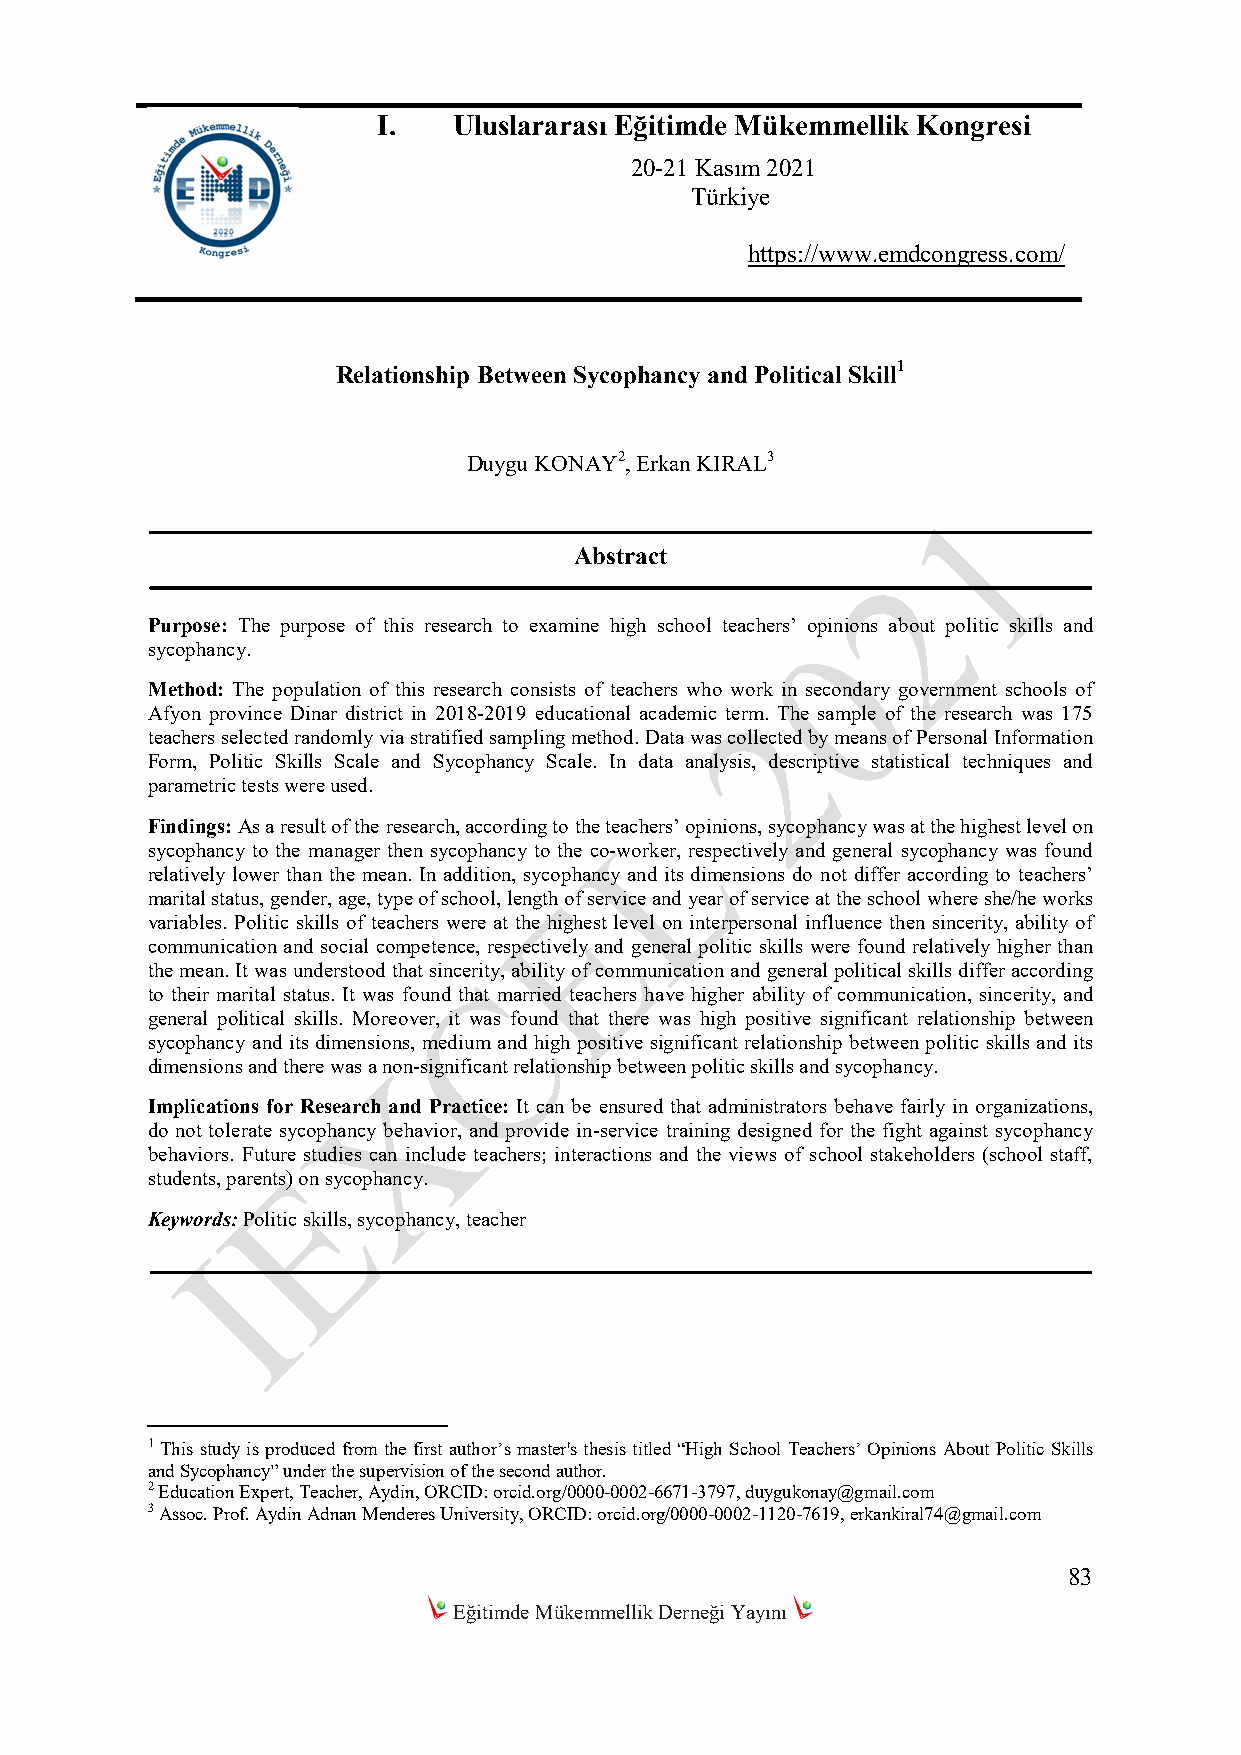
I.   Uluslararası Eğitimde Mükemmellik Kongresi
 20-21 Kasım 2021
 Türkiye
 https://www.emdcongress.com/
 Relationship Between Sycophancy and Political Skill1
 Duygu KONAY2, Erkan KIRAL3
 Abstract
 Purpose: The purpose of this research to examine high school teachers’ opinions about politic skills and
 sycophancy.
 Method: The population of this research consists of teachers who work in secondary government schools of
 Afyon province Dinar district in 2018-2019 educational academic term. The sample of the research was 175
 teachers selected randomly via stratified sampling method. Data was collected by means of Personal Information
 Form, Politic Skills Scale and Sycophancy Scale. In data analysis, descriptive statistical techniques and
 parametric tests were used.
 Findings: As a result of the research, according to the teachers’ opinions, sycophancy was at the highest level on
 sycophancy to the manager then sycophancy to the co-worker, respectively and general sycophancy was found
 relatively lower than the mean. In addition, sycophancy and its dimensions do not differ according to teachers’
 marital status, gender, age, type of school, length of service and year of service at the school where she/he works
 variables. Politic skills of teachers were at the highest level on interpersonal influence then sincerity, ability of
 communication and social competence, respectively and general politic skills were found relatively higher than
 the mean. It was understood that sincerity, ability of communication and general political skills differ according
 to their marital status. It was found that married teachers have higher ability of communication, sincerity, and
 general political skills. Moreover, it was found that there was high positive significant relationship between
 sycophancy and its dimensions, medium and high positive significant relationship between politic skills and its
 dimensions and there was a non-significant relationship between politic skills and sycophancy.
 Implications for Research and Practice: It can be ensured that administrators behave fairly in organizations,
 do not tolerate sycophancy behavior, and provide in-service training designed for the fight against sycophancy
 behaviors. Future studies can include teachers; interactions and the views of school stakeholders (school staff,
 students, parents) on sycophancy.
 Keywords: Politic skills, sycophancy, teacher
 1 This study is produced from the first author’s master's thesis titled “High School Teachers’ Opinions About Politic Skills
 and Sycophancy” under the supervision of the second author.
 2 Education Expert, Teacher, Aydin, ORCID: orcid.org/0000-0002-6671-3797, duygukonay@gmail.com
 3 Assoc. Prof. Aydin Adnan Menderes University, ORCID: orcid.org/0000-0002-1120-7619, erkankiral74@gmail.com
 83
 Eğitimde Mükemmellik Derneği Yayını